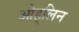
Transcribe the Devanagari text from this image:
ओह्‌लिन